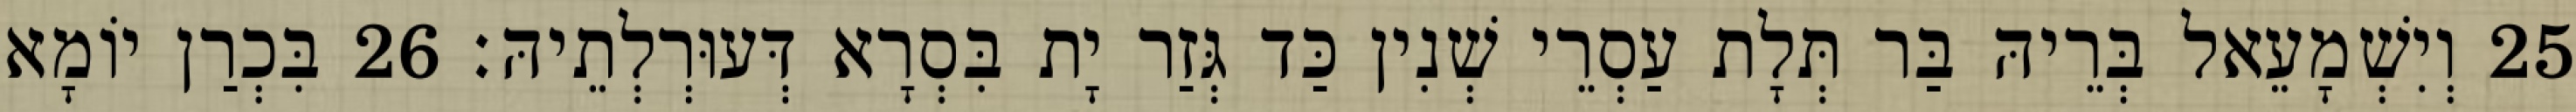
25 וְיִשְׁמָעֵאל בְּרֵיהּ בַּר תְּלָת עַסְרֵי שְׁנִין כַּד גְּזַר יָת בִּסְרָא דְּעוּרְלְתֵיהּ׃ 26 בִּכְרַן יוֹמָא